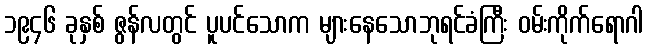
၁၉၄၆ ခုနှစ် ဇွန်လတွင် ပူပင်သောက များနေသောဘုရင်ခံကြီး ဝမ်းကိုက်ရောဂါ